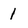
Character: 1